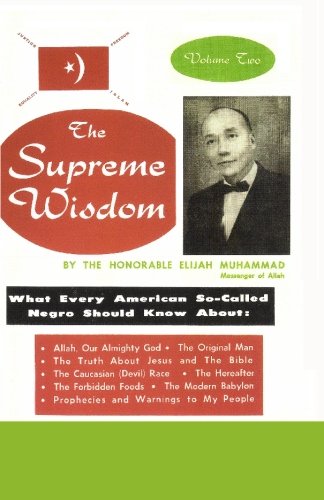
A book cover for The Supreme Wisdom, Vol. 2; Elijah Muhammad; Religion & Spirituality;